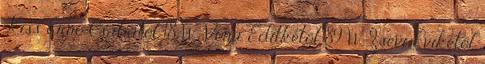
Kiss Ernő Csabától 18 W-Vona Editkétől 89 W-Zsevi Évikétől